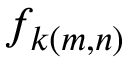
f _ { k ( m , n ) }